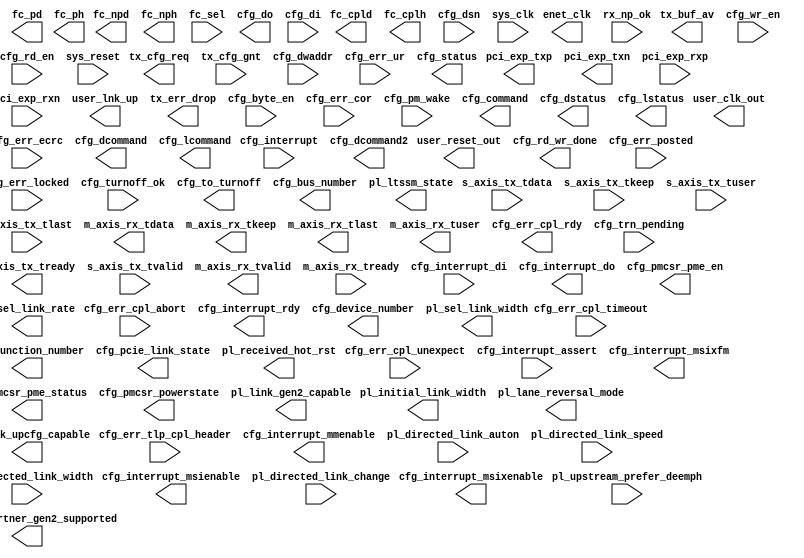
//-----------------------------------------------------------------------------
//
// (c) Copyright 2009-2011 Xilinx, Inc. All rights reserved.
//
// This file contains confidential and proprietary information
// of Xilinx, Inc. and is protected under U.S. and
// international copyright and other intellectual property
// laws.
//
// DISCLAIMER
// This disclaimer is not a license and does not grant any
// rights to the materials distributed herewith. Except as
// otherwise provided in a valid license issued to you by
// Xilinx, and to the maximum extent permitted by applicable
// law: (1) THESE MATERIALS ARE MADE AVAILABLE "AS IS" AND
// WITH ALL FAULTS, AND XILINX HEREBY DISCLAIMS ALL WARRANTIES
// AND CONDITIONS, EXPRESS, IMPLIED, OR STATUTORY, INCLUDING
// BUT NOT LIMITED TO WARRANTIES OF MERCHANTABILITY, NON-
// INFRINGEMENT, OR FITNESS FOR ANY PARTICULAR PURPOSE; and
// (2) Xilinx shall not be liable (whether in contract or tort,
// including negligence, or under any other theory of
// liability) for any loss or damage of any kind or nature
// related to, arising under or in connection with these
// materials, including for any direct, or any indirect,
// special, incidental, or consequential loss or damage
// (including loss of data, profits, goodwill, or any type of
// loss or damage suffered as a result of any action brought
// by a third party) even if such damage or loss was
// reasonably foreseeable or Xilinx had been advised of the
// possibility of the same.
//
// CRITICAL APPLICATIONS
// Xilinx products are not designed or intended to be fail-
// safe, or for use in any application requiring fail-safe
// performance, such as life-support or safety devices or
// systems, Class III medical devices, nuclear facilities,
// applications related to the deployment of airbags, or any
// other applications that could lead to death, personal
// injury, or severe property or environmental damage
// (individually and collectively, "Critical
// Applications"). Customer assumes the sole risk and
// liability of any use of Xilinx products in Critical
// Applications, subject only to applicable laws and
// regulations governing limitations on product liability.
//
// THIS COPYRIGHT NOTICE AND DISCLAIMER MUST BE RETAINED AS
// PART OF THIS FILE AT ALL TIMES.
//
//-----------------------------------------------------------------------------
// Project    : Virtex-6 Integrated Block for PCI Express
// Version    : 2.4
//--
//-- Description: Virtex6 solution wrapper : Endpoint for PCI Express
//--
//--
//--
//--------------------------------------------------------------------------------

`timescale 1ns/1ns

(* CORE_GENERATION_INFO = "v6_pcie_v2_5,v6_pcie_v2_5,{LINK_CAP_MAX_LINK_SPEED=2,LINK_CAP_MAX_LINK_WIDTH=04,PCIE_CAP_DEVICE_PORT_TYPE=0000,DEV_CAP_MAX_PAYLOAD_SUPPORTED=0,USER_CLK_FREQ=3,REF_CLK_FREQ=0,MSI_CAP_ON=TRUE,MSI_CAP_MULTIMSGCAP=0,MSI_CAP_MULTIMSG_EXTENSION=0,MSIX_CAP_ON=FALSE,TL_TX_RAM_RADDR_LATENCY=0,TL_TX_RAM_RDATA_LATENCY=2,TL_RX_RAM_RADDR_LATENCY=0,TL_RX_RAM_RDATA_LATENCY=2,TL_RX_RAM_WRITE_LATENCY=0,VC0_TX_LASTPACKET=31,VC0_RX_RAM_LIMIT=3FF,VC0_TOTAL_CREDITS_PH=32,VC0_TOTAL_CREDITS_PD=154,VC0_TOTAL_CREDITS_NPH=12,VC0_TOTAL_CREDITS_CH=36,VC0_TOTAL_CREDITS_CD=154,VC0_CPL_INFINITE=TRUE,DEV_CAP_PHANTOM_FUNCTIONS_SUPPORT=0,DEV_CAP_EXT_TAG_SUPPORTED=FALSE,LINK_STATUS_SLOT_CLOCK_CONFIG=FALSE,ENABLE_RX_TD_ECRC_TRIM=TRUE,DISABLE_LANE_REVERSAL=TRUE,DISABLE_SCRAMBLING=FALSE,DSN_CAP_ON=TRUE,PIPE_PIPELINE_STAGES=0,REVISION_ID=00,VC_CAP_ON=FALSE}" *)
module v6_pcie_v2_5 # (
  parameter        ALLOW_X8_GEN2 = "FALSE",
  parameter        BAR0 = 32'hFFC00000,
  parameter        BAR1 = 32'h00000000,
  parameter        BAR2 = 32'h00000000,
  parameter        BAR3 = 32'h00000000,
  parameter        BAR4 = 32'h00000000,
  parameter        BAR5 = 32'h00000000,

  parameter        CARDBUS_CIS_POINTER = 32'h00000000,
  parameter        CLASS_CODE = 24'h050000,
  parameter        CMD_INTX_IMPLEMENTED = "TRUE",
  parameter        CPL_TIMEOUT_DISABLE_SUPPORTED = "FALSE",
  parameter        CPL_TIMEOUT_RANGES_SUPPORTED = 4'h2,

  parameter        DEV_CAP_ENDPOINT_L0S_LATENCY = 0,
  parameter        DEV_CAP_ENDPOINT_L1_LATENCY = 7,
  parameter        DEV_CAP_EXT_TAG_SUPPORTED = "FALSE",
  parameter        DEV_CAP_MAX_PAYLOAD_SUPPORTED = 0,
  parameter        DEV_CAP_PHANTOM_FUNCTIONS_SUPPORT = 0,
  parameter        DEVICE_ID = 16'h0509,

  parameter        DISABLE_LANE_REVERSAL = "TRUE",
  parameter        DISABLE_SCRAMBLING = "FALSE",
  parameter        DSN_BASE_PTR = 12'h100,
  parameter        DSN_CAP_NEXTPTR = 12'h000,
  parameter        DSN_CAP_ON = "TRUE",

  parameter        ENABLE_MSG_ROUTE = 11'b00000000000,
  parameter        ENABLE_RX_TD_ECRC_TRIM = "TRUE",
  parameter        EXPANSION_ROM = 32'h00000000,
  parameter        EXT_CFG_CAP_PTR = 6'h3F,
  parameter        EXT_CFG_XP_CAP_PTR = 10'h3FF,
  parameter        HEADER_TYPE = 8'h00,
  parameter        INTERRUPT_PIN = 8'h1,

  parameter        LINK_CAP_DLL_LINK_ACTIVE_REPORTING_CAP = "FALSE",
  parameter        LINK_CAP_LINK_BANDWIDTH_NOTIFICATION_CAP = "FALSE",
  parameter        LINK_CAP_MAX_LINK_SPEED = 4'h2,
  parameter        LINK_CAP_MAX_LINK_WIDTH = 6'h04,
  parameter        LINK_CAP_SURPRISE_DOWN_ERROR_CAPABLE = "FALSE",

  parameter        LINK_CTRL2_DEEMPHASIS = "FALSE",
  parameter        LINK_CTRL2_HW_AUTONOMOUS_SPEED_DISABLE = "FALSE",
  parameter        LINK_CTRL2_TARGET_LINK_SPEED = 4'h2,
  parameter        LINK_STATUS_SLOT_CLOCK_CONFIG = "FALSE",

  parameter        LL_ACK_TIMEOUT = 15'h0000,
  parameter        LL_ACK_TIMEOUT_EN = "FALSE",
  parameter        LL_ACK_TIMEOUT_FUNC = 0,
  parameter        LL_REPLAY_TIMEOUT = 15'h0026,
  parameter        LL_REPLAY_TIMEOUT_EN = "TRUE",
  parameter        LL_REPLAY_TIMEOUT_FUNC = 1,

  parameter        LTSSM_MAX_LINK_WIDTH = 6'h04,
  parameter        MSI_CAP_MULTIMSGCAP = 0,
  parameter        MSI_CAP_MULTIMSG_EXTENSION = 0,
  parameter        MSI_CAP_ON = "TRUE",
  parameter        MSI_CAP_PER_VECTOR_MASKING_CAPABLE = "FALSE",
  parameter        MSI_CAP_64_BIT_ADDR_CAPABLE = "TRUE",

  parameter        MSIX_CAP_ON = "FALSE",
  parameter        MSIX_CAP_PBA_BIR = 0,
  parameter        MSIX_CAP_PBA_OFFSET = 29'h0,
  parameter        MSIX_CAP_TABLE_BIR = 0,
  parameter        MSIX_CAP_TABLE_OFFSET = 29'h0,
  parameter        MSIX_CAP_TABLE_SIZE = 11'h0,

  parameter        PCIE_CAP_DEVICE_PORT_TYPE = 4'b0000,
  parameter        PCIE_CAP_INT_MSG_NUM = 5'h1,
  parameter        PCIE_CAP_NEXTPTR = 8'h00,
  parameter        PCIE_DRP_ENABLE = "FALSE",
  parameter        PIPE_PIPELINE_STAGES = 0,                // 0 - 0 stages, 1 - 1 stage, 2 - 2 stages

  parameter        PM_CAP_DSI = "FALSE",
  parameter        PM_CAP_D1SUPPORT = "FALSE",
  parameter        PM_CAP_D2SUPPORT = "FALSE",
  parameter        PM_CAP_NEXTPTR = 8'h48,
  parameter        PM_CAP_PMESUPPORT = 5'h0F,
  parameter        PM_CSR_NOSOFTRST = "TRUE",

  parameter        PM_DATA_SCALE0 = 2'h0,
  parameter        PM_DATA_SCALE1 = 2'h0,
  parameter        PM_DATA_SCALE2 = 2'h0,
  parameter        PM_DATA_SCALE3 = 2'h0,
  parameter        PM_DATA_SCALE4 = 2'h0,
  parameter        PM_DATA_SCALE5 = 2'h0,
  parameter        PM_DATA_SCALE6 = 2'h0,
  parameter        PM_DATA_SCALE7 = 2'h0,

  parameter        PM_DATA0 = 8'h00,
  parameter        PM_DATA1 = 8'h00,
  parameter        PM_DATA2 = 8'h00,
  parameter        PM_DATA3 = 8'h00,
  parameter        PM_DATA4 = 8'h00,
  parameter        PM_DATA5 = 8'h00,
  parameter        PM_DATA6 = 8'h00,
  parameter        PM_DATA7 = 8'h00,

  parameter        REF_CLK_FREQ = 0,                        // 0 - 100 MHz, 1 - 125 MHz, 2 - 250 MHz
  parameter        REVISION_ID = 8'h00,
  parameter        SPARE_BIT0 = 0,
  parameter        SUBSYSTEM_ID = 16'h0007,
  parameter        SUBSYSTEM_VENDOR_ID = 16'h10EE,

  parameter        TL_RX_RAM_RADDR_LATENCY = 0,
  parameter        TL_RX_RAM_RDATA_LATENCY = 2,
  parameter        TL_RX_RAM_WRITE_LATENCY = 0,
  parameter        TL_TX_RAM_RADDR_LATENCY = 0,
  parameter        TL_TX_RAM_RDATA_LATENCY = 2,
  parameter        TL_TX_RAM_WRITE_LATENCY = 0,

  parameter        UPCONFIG_CAPABLE = "TRUE",
  parameter        USER_CLK_FREQ = 3,
  parameter        VC_BASE_PTR = 12'h0,
  parameter        VC_CAP_NEXTPTR = 12'h000,
  parameter        VC_CAP_ON = "FALSE",
  parameter        VC_CAP_REJECT_SNOOP_TRANSACTIONS = "FALSE",

  parameter        VC0_CPL_INFINITE = "TRUE",
  parameter        VC0_RX_RAM_LIMIT = 13'h3FF,
  parameter        VC0_TOTAL_CREDITS_CD = 154,
  parameter        VC0_TOTAL_CREDITS_CH = 36,
  parameter        VC0_TOTAL_CREDITS_NPH = 12,
  parameter        VC0_TOTAL_CREDITS_PD = 154,
  parameter        VC0_TOTAL_CREDITS_PH = 32,
  parameter        VC0_TX_LASTPACKET = 31,

  parameter        VENDOR_ID = 16'h10EE,
  parameter        VSEC_BASE_PTR = 12'h0,
  parameter        VSEC_CAP_NEXTPTR = 12'h000,
  parameter        VSEC_CAP_ON = "FALSE",

  parameter        AER_BASE_PTR = 12'h128,
  parameter        AER_CAP_ECRC_CHECK_CAPABLE = "FALSE",
  parameter        AER_CAP_ECRC_GEN_CAPABLE = "FALSE",
  parameter        AER_CAP_ID = 16'h0001,
  parameter        AER_CAP_INT_MSG_NUM_MSI = 5'h0a,
  parameter        AER_CAP_INT_MSG_NUM_MSIX = 5'h15,
  parameter        AER_CAP_NEXTPTR = 12'h160,
  parameter        AER_CAP_ON = "FALSE",
  parameter        AER_CAP_PERMIT_ROOTERR_UPDATE = "TRUE",
  parameter        AER_CAP_VERSION = 4'h1,

  parameter        CAPABILITIES_PTR = 8'h40,
  parameter        CRM_MODULE_RSTS = 7'h00,
  parameter        DEV_CAP_ENABLE_SLOT_PWR_LIMIT_SCALE = "TRUE",
  parameter        DEV_CAP_ENABLE_SLOT_PWR_LIMIT_VALUE = "TRUE",
  parameter        DEV_CAP_FUNCTION_LEVEL_RESET_CAPABLE = "FALSE",
  parameter        DEV_CAP_ROLE_BASED_ERROR = "TRUE",
  parameter        DEV_CAP_RSVD_14_12 = 0,
  parameter        DEV_CAP_RSVD_17_16 = 0,
  parameter        DEV_CAP_RSVD_31_29 = 0,
  parameter        DEV_CONTROL_AUX_POWER_SUPPORTED = "FALSE",

  parameter        DISABLE_ASPM_L1_TIMER = "FALSE",
  parameter        DISABLE_BAR_FILTERING = "FALSE",
  parameter        DISABLE_ID_CHECK = "FALSE",
  parameter        DISABLE_RX_TC_FILTER = "FALSE",
  parameter        DNSTREAM_LINK_NUM = 8'h00,

  parameter        DSN_CAP_ID = 16'h0003,
  parameter        DSN_CAP_VERSION = 4'h1,
  parameter        ENTER_RVRY_EI_L0 = "TRUE",
  parameter        INFER_EI = 5'h0c,
  parameter        IS_SWITCH = "FALSE",

  parameter        LAST_CONFIG_DWORD = 10'h3FF,
  parameter        LINK_CAP_ASPM_SUPPORT = 1,
  parameter        LINK_CAP_CLOCK_POWER_MANAGEMENT = "FALSE",
  parameter        LINK_CAP_L0S_EXIT_LATENCY_COMCLK_GEN1 = 7,
  parameter        LINK_CAP_L0S_EXIT_LATENCY_COMCLK_GEN2 = 7,
  parameter        LINK_CAP_L0S_EXIT_LATENCY_GEN1 = 7,
  parameter        LINK_CAP_L0S_EXIT_LATENCY_GEN2 = 7,
  parameter        LINK_CAP_L1_EXIT_LATENCY_COMCLK_GEN1 = 7,
  parameter        LINK_CAP_L1_EXIT_LATENCY_COMCLK_GEN2 = 7,
  parameter        LINK_CAP_L1_EXIT_LATENCY_GEN1 = 7,
  parameter        LINK_CAP_L1_EXIT_LATENCY_GEN2 = 7,
  parameter        LINK_CAP_RSVD_23_22 = 0,
  parameter        LINK_CONTROL_RCB = 0,

  parameter        MSI_BASE_PTR = 8'h48,
  parameter        MSI_CAP_ID = 8'h05,
  parameter        MSI_CAP_NEXTPTR = 8'h60,
  parameter        MSIX_BASE_PTR = 8'h9c,
  parameter        MSIX_CAP_ID = 8'h11,
  parameter        MSIX_CAP_NEXTPTR = 8'h00,
  parameter        N_FTS_COMCLK_GEN1 = 255,
  parameter        N_FTS_COMCLK_GEN2 = 254,
  parameter        N_FTS_GEN1 = 255,
  parameter        N_FTS_GEN2 = 255,

  parameter        PCIE_BASE_PTR = 8'h60,
  parameter        PCIE_CAP_CAPABILITY_ID = 8'h10,
  parameter        PCIE_CAP_CAPABILITY_VERSION = 4'h2,
  parameter        PCIE_CAP_ON = "TRUE",
  parameter        PCIE_CAP_RSVD_15_14 = 0,
  parameter        PCIE_CAP_SLOT_IMPLEMENTED = "FALSE",
  parameter        PCIE_REVISION = 2,
  parameter        PGL0_LANE = 0,
  parameter        PGL1_LANE = 1,
  parameter        PGL2_LANE = 2,
  parameter        PGL3_LANE = 3,
  parameter        PGL4_LANE = 4,
  parameter        PGL5_LANE = 5,
  parameter        PGL6_LANE = 6,
  parameter        PGL7_LANE = 7,
  parameter        PL_AUTO_CONFIG = 0,
  parameter        PL_FAST_TRAIN = "FALSE",

  parameter        PM_BASE_PTR = 8'h40,
  parameter        PM_CAP_AUXCURRENT = 0,
  parameter        PM_CAP_ID = 8'h01,
  parameter        PM_CAP_ON = "TRUE",
  parameter        PM_CAP_PME_CLOCK = "FALSE",
  parameter        PM_CAP_RSVD_04 = 0,
  parameter        PM_CAP_VERSION = 3,
  parameter        PM_CSR_BPCCEN = "FALSE",
  parameter        PM_CSR_B2B3 = "FALSE",

  parameter        RECRC_CHK = 0,
  parameter        RECRC_CHK_TRIM = "FALSE",
  parameter        ROOT_CAP_CRS_SW_VISIBILITY = "FALSE",
  parameter        SELECT_DLL_IF = "FALSE",
  parameter        SLOT_CAP_ATT_BUTTON_PRESENT = "FALSE",
  parameter        SLOT_CAP_ATT_INDICATOR_PRESENT = "FALSE",
  parameter        SLOT_CAP_ELEC_INTERLOCK_PRESENT = "FALSE",
  parameter        SLOT_CAP_HOTPLUG_CAPABLE = "FALSE",
  parameter        SLOT_CAP_HOTPLUG_SURPRISE = "FALSE",
  parameter        SLOT_CAP_MRL_SENSOR_PRESENT = "FALSE",
  parameter        SLOT_CAP_NO_CMD_COMPLETED_SUPPORT = "FALSE",
  parameter        SLOT_CAP_PHYSICAL_SLOT_NUM = 13'h0000,
  parameter        SLOT_CAP_POWER_CONTROLLER_PRESENT = "FALSE",
  parameter        SLOT_CAP_POWER_INDICATOR_PRESENT = "FALSE",
  parameter        SLOT_CAP_SLOT_POWER_LIMIT_SCALE = 0,
  parameter        SLOT_CAP_SLOT_POWER_LIMIT_VALUE = 8'h00,
  parameter        SPARE_BIT1 = 0,
  parameter        SPARE_BIT2 = 0,
  parameter        SPARE_BIT3 = 0,
  parameter        SPARE_BIT4 = 0,
  parameter        SPARE_BIT5 = 0,
  parameter        SPARE_BIT6 = 0,
  parameter        SPARE_BIT7 = 0,
  parameter        SPARE_BIT8 = 0,
  parameter        SPARE_BYTE0 = 8'h00,
  parameter        SPARE_BYTE1 = 8'h00,
  parameter        SPARE_BYTE2 = 8'h00,
  parameter        SPARE_BYTE3 = 8'h00,
  parameter        SPARE_WORD0 = 32'h00000000,
  parameter        SPARE_WORD1 = 32'h00000000,
  parameter        SPARE_WORD2 = 32'h00000000,
  parameter        SPARE_WORD3 = 32'h00000000,

  parameter        TL_RBYPASS = "FALSE",
  parameter        TL_TFC_DISABLE = "FALSE",
  parameter        TL_TX_CHECKS_DISABLE = "FALSE",
  parameter        EXIT_LOOPBACK_ON_EI  = "TRUE",
  parameter        UPSTREAM_FACING = "TRUE",
  parameter        UR_INV_REQ = "TRUE",

  parameter        VC_CAP_ID = 16'h0002,
  parameter        VC_CAP_VERSION = 4'h1,
  parameter        VSEC_CAP_HDR_ID = 16'h1234,
  parameter        VSEC_CAP_HDR_LENGTH = 12'h018,
  parameter        VSEC_CAP_HDR_REVISION = 4'h1,
  parameter        VSEC_CAP_ID = 16'h000b,
  parameter        VSEC_CAP_IS_LINK_VISIBLE = "TRUE",
  parameter        VSEC_CAP_VERSION = 4'h1
)
(
  //-------------------------------------------------------
  // 1. PCI Express (pci_exp) Interface
  //-------------------------------------------------------

  // Tx
  output  [(LINK_CAP_MAX_LINK_WIDTH - 1):0]     pci_exp_txp,
  output  [(LINK_CAP_MAX_LINK_WIDTH - 1):0]     pci_exp_txn,

  // Rx
  input   [(LINK_CAP_MAX_LINK_WIDTH - 1):0]     pci_exp_rxp,
  input   [(LINK_CAP_MAX_LINK_WIDTH - 1):0]     pci_exp_rxn,

  //-------------------------------------------------------
  // 2. AXI-S Interface
  //-------------------------------------------------------

  // Common
  output                                        user_clk_out,
  output                                        user_reset_out,
  output                                        user_lnk_up,
  output                                        enet_clk,

  // Tx
  output  [5:0]                                 tx_buf_av,
  output                                        tx_err_drop,
  output                                        tx_cfg_req,
  output                                        s_axis_tx_tready,
  input  [63:0]                                 s_axis_tx_tdata,
  input  [7:0]                                  s_axis_tx_tkeep,
  input  [3:0]                                  s_axis_tx_tuser,
  input                                         s_axis_tx_tlast,
  input                                         s_axis_tx_tvalid,
  input                                         tx_cfg_gnt,

  // Rx
  output  [63:0]                                m_axis_rx_tdata,
  output  [7:0]                                 m_axis_rx_tkeep,
  output                                        m_axis_rx_tlast,
  output                                        m_axis_rx_tvalid,
  input                                         m_axis_rx_tready,
  output    [21:0]                              m_axis_rx_tuser,
  input                                         rx_np_ok,

  // Flow Control
  output [11:0]                                 fc_cpld,
  output  [7:0]                                 fc_cplh,
  output [11:0]                                 fc_npd,
  output  [7:0]                                 fc_nph,
  output [11:0]                                 fc_pd,
  output  [7:0]                                 fc_ph,
  input   [2:0]                                 fc_sel,


  //-------------------------------------------------------
  // 3. Configuration (CFG) Interface
  //-------------------------------------------------------

  output [31:0]                                 cfg_do,
  output                                        cfg_rd_wr_done,
  input  [31:0]                                 cfg_di,
  input   [3:0]                                 cfg_byte_en,
  input   [9:0]                                 cfg_dwaddr,
  input                                         cfg_wr_en,
  input                                         cfg_rd_en,

  input                                         cfg_err_cor,
  input                                         cfg_err_ur,
  input                                         cfg_err_ecrc,
  input                                         cfg_err_cpl_timeout,
  input                                         cfg_err_cpl_abort,
  input                                         cfg_err_cpl_unexpect,
  input                                         cfg_err_posted,
  input                                         cfg_err_locked,
  input  [47:0]                                 cfg_err_tlp_cpl_header,
  output                                        cfg_err_cpl_rdy,
  input                                         cfg_interrupt,
  output                                        cfg_interrupt_rdy,
  input                                         cfg_interrupt_assert,
  input  [7:0]                                  cfg_interrupt_di,
  output [7:0]                                  cfg_interrupt_do,
  output [2:0]                                  cfg_interrupt_mmenable,
  output                                        cfg_interrupt_msienable,
  output                                        cfg_interrupt_msixenable,
  output                                        cfg_interrupt_msixfm,
  input                                         cfg_turnoff_ok,
  output                                        cfg_to_turnoff,
  input                                         cfg_trn_pending,
  input                                         cfg_pm_wake,
  output  [7:0]                                 cfg_bus_number,
  output  [4:0]                                 cfg_device_number,
  output  [2:0]                                 cfg_function_number,
  output [15:0]                                 cfg_status,
  output [15:0]                                 cfg_command,
  output [15:0]                                 cfg_dstatus,
  output [15:0]                                 cfg_dcommand,
  output [15:0]                                 cfg_lstatus,
  output [15:0]                                 cfg_lcommand,
  output [15:0]                                 cfg_dcommand2,
  output  [2:0]                                 cfg_pcie_link_state,
  input  [63:0]                                 cfg_dsn,
  output                                        cfg_pmcsr_pme_en,
  output                                        cfg_pmcsr_pme_status,
  output  [1:0]                                 cfg_pmcsr_powerstate,

  //-------------------------------------------------------
  // 4. Physical Layer Control and Status (PL) Interface
  //-------------------------------------------------------

  output [2:0]                                  pl_initial_link_width,
  output [1:0]                                  pl_lane_reversal_mode,
  output                                        pl_link_gen2_capable,
  output                                        pl_link_partner_gen2_supported,
  output                                        pl_link_upcfg_capable,
  output [5:0]                                  pl_ltssm_state,
  output                                        pl_received_hot_rst,
  output                                        pl_sel_link_rate,
  output [1:0]                                  pl_sel_link_width,
  input                                         pl_directed_link_auton,
  input  [1:0]                                  pl_directed_link_change,
  input                                         pl_directed_link_speed,
  input  [1:0]                                  pl_directed_link_width,
  input                                         pl_upstream_prefer_deemph,

  //-------------------------------------------------------
  // 5. System  (SYS) Interface
  //-------------------------------------------------------

  input                                         sys_clk,
  input                                         sys_reset


);

/*
  wire  [63:0]                                  trn_td;
  wire                                          trn_trem;
  wire                                          trn_tsof;
  wire                                          trn_teof;
  wire                                          trn_tsrc_rdy;
  wire                                          trn_tdst_rdy_n;
  wire                                          trn_terr_drop_n;
  wire                                          trn_tsrc_dsc;
  wire                                          trn_terrfwd;
  wire                                          trn_tstr;
  wire                                          trn_tecrc_gen;

  wire  [63:0]                                  trn_rd;
  wire                                          trn_rrem_n;
  wire                                          trn_rsof_n;
  wire                                          trn_reof_n;
  wire                                          trn_rsrc_rdy_n;
  wire                                          trn_rdst_rdy;
  wire                                          trn_rsrc_dsc_n;
  wire                                          trn_rerrfwd_n;
  wire  [6:0]                                   trn_rbar_hit_n;

  wire                                          trn_tcfg_gnt;

  wire  [31:0]                                  trn_rdllp_data;
  wire                                          trn_rdllp_src_rdy_n;


  wire                                          rx_func_level_reset_n;
  wire                                          cfg_msg_received;
  wire                                          cfg_msg_received_pme_to;

  wire                                          cfg_cmd_bme;
  wire                                          cfg_cmd_intdis;
  wire                                          cfg_cmd_io_en;
  wire                                          cfg_cmd_mem_en;
  wire                                          cfg_cmd_serr_en;
  wire                                          cfg_dev_control_aux_power_en ;
  wire                                          cfg_dev_control_corr_err_reporting_en ;
  wire                                          cfg_dev_control_enable_relaxed_order ;
  wire                                          cfg_dev_control_ext_tag_en ;
  wire                                          cfg_dev_control_fatal_err_reporting_en ;
  wire [2:0]                                    cfg_dev_control_maxpayload ;
  wire [2:0]                                    cfg_dev_control_max_read_req ;
  wire                                          cfg_dev_control_non_fatal_reporting_en ;
  wire                                          cfg_dev_control_nosnoop_en ;
  wire                                          cfg_dev_control_phantom_en ;
  wire                                          cfg_dev_control_ur_err_reporting_en ;
  wire                                          cfg_dev_control2_cpltimeout_dis ;
  wire [3:0]                                    cfg_dev_control2_cpltimeout_val ;
  wire                                          cfg_dev_status_corr_err_detected ;
  wire                                          cfg_dev_status_fatal_err_detected ;
  wire                                          cfg_dev_status_nonfatal_err_detected ;
  wire                                          cfg_dev_status_ur_detected ;
  wire                                          cfg_link_control_auto_bandwidth_int_en ;
  wire                                          cfg_link_control_bandwidth_int_en ;
  wire                                          cfg_link_control_hw_auto_width_dis ;
  wire                                          cfg_link_control_clock_pm_en ;
  wire                                          cfg_link_control_extended_sync ;
  wire                                          cfg_link_control_common_clock ;
  wire                                          cfg_link_control_retrain_link ;
  wire                                          cfg_link_control_linkdisable ;
  wire                                          cfg_link_control_rcb ;
  wire [1:0]                                    cfg_link_control_aspm_control ;
  wire                                          cfg_link_status_autobandwidth_status ;
  wire                                          cfg_link_status_bandwidth_status ;
  wire                                          cfg_link_status_dll_active ;
  wire                                          cfg_link_status_link_training ;
  wire [3:0]                                    cfg_link_status_negotiated_link_width ;
  wire [1:0]                                    cfg_link_status_current_speed ;
  wire [15:0]                                   cfg_msg_data;

  wire                                          sys_reset_n_d;
  wire                                          phy_rdy_n;

  wire                                          trn_lnk_up_n_int;
  wire                                          trn_lnk_up_n_int1;

  wire                                          trn_reset_n_int;
  wire                                          trn_reset_n_int1;

  wire                                          TxOutClk;
  wire                                          TxOutClk_bufg;

  reg  [7:0]                                    cfg_bus_number_d;
  reg  [4:0]                                    cfg_device_number_d;
  reg  [2:0]                                    cfg_function_number_d;

  wire                                          cfg_rd_wr_done_n;
  wire                                          cfg_interrupt_rdy_n;
  wire                                          cfg_turnoff_ok_w;
  wire                                          trn_recrc_err_n;
  wire                                          cfg_err_cpl_rdy_n;
  wire                                          trn_tcfg_req_n;


  // Inversion logic
  assign      cfg_rd_wr_done          = !cfg_rd_wr_done_n ;
  wire [3:0]  cfg_byte_en_n           = ~cfg_byte_en ;
  wire        cfg_wr_en_n             = !cfg_wr_en ;
  wire        cfg_rd_en_n             = !cfg_rd_en ;
  wire        cfg_trn_pending_n       = !cfg_trn_pending ;
  wire        cfg_turnoff_ok_n        = !cfg_turnoff_ok_w ;
  wire        cfg_pm_wake_n           = !cfg_pm_wake ;
  wire        cfg_interrupt_n         = !cfg_interrupt ;
  assign      cfg_interrupt_rdy       = !cfg_interrupt_rdy_n ;
  wire        cfg_interrupt_assert_n  = !cfg_interrupt_assert ;
  wire        cfg_err_ecrc_n          = !cfg_err_ecrc ;
  wire        cfg_err_ur_n            = !cfg_err_ur ;
  wire        cfg_err_cpl_timeout_n   = !cfg_err_cpl_timeout ;
  wire        cfg_err_cpl_unexpect_n  = !cfg_err_cpl_unexpect ;
  wire        cfg_err_cpl_abort_n     = !cfg_err_cpl_abort ;
  wire        cfg_err_posted_n        = !cfg_err_posted ;
  wire        cfg_err_cor_n           = !cfg_err_cor ;
  assign      cfg_err_cpl_rdy         = !cfg_err_cpl_rdy_n ;
  wire        cfg_err_locked_n        = !cfg_err_locked ;
  wire        trn_recrc_err           = !trn_recrc_err_n;
  assign      tx_err_drop             = !trn_terr_drop_n;
  assign      tx_cfg_req              = !trn_tcfg_req_n;



  // assigns to outputs

  assign                                        cfg_to_turnoff = cfg_msg_received_pme_to;

  assign                                        cfg_status = {16'b0};

  assign                                        cfg_command = {5'b0,
                                                               cfg_cmd_intdis,
                                                               1'b0,
                                                               cfg_cmd_serr_en,
                                                               5'b0,
                                                               cfg_cmd_bme,
                                                               cfg_cmd_mem_en,
                                                               cfg_cmd_io_en};

  assign                                        cfg_dstatus = {10'h0,
                                                               cfg_trn_pending,
                                                               1'b0,
                                                               cfg_dev_status_ur_detected,
                                                               cfg_dev_status_fatal_err_detected,
                                                               cfg_dev_status_nonfatal_err_detected,
                                                               cfg_dev_status_corr_err_detected};

  assign                                        cfg_dcommand = {1'b0,
                                                               cfg_dev_control_max_read_req,
                                                               cfg_dev_control_nosnoop_en,
                                                               cfg_dev_control_aux_power_en,
                                                               cfg_dev_control_phantom_en,
                                                               cfg_dev_control_ext_tag_en,
                                                               cfg_dev_control_maxpayload,
                                                               cfg_dev_control_enable_relaxed_order,
                                                               cfg_dev_control_ur_err_reporting_en,
                                                               cfg_dev_control_fatal_err_reporting_en,
                                                               cfg_dev_control_non_fatal_reporting_en,
                                                               cfg_dev_control_corr_err_reporting_en };

  assign                                        cfg_lstatus = {cfg_link_status_autobandwidth_status,
                                                               cfg_link_status_bandwidth_status,
                                                               cfg_link_status_dll_active,
                                                               (LINK_STATUS_SLOT_CLOCK_CONFIG == "TRUE") ? 1'b1 : 1'b0,
                                                               cfg_link_status_link_training,
                                                               1'b0,
                                                               {2'b00, cfg_link_status_negotiated_link_width},
                                                               {2'b00, cfg_link_status_current_speed} };

  assign                                        cfg_lcommand = {4'b0,
                                                                cfg_link_control_auto_bandwidth_int_en,
                                                                cfg_link_control_bandwidth_int_en,
                                                                cfg_link_control_hw_auto_width_dis,
                                                                cfg_link_control_clock_pm_en,
                                                                cfg_link_control_extended_sync,
                                                                cfg_link_control_common_clock,
                                                                cfg_link_control_retrain_link,
                                                                cfg_link_control_linkdisable,
                                                                cfg_link_control_rcb,
                                                                1'b0,
                                                                cfg_link_control_aspm_control };

  assign                                        cfg_bus_number = cfg_bus_number_d;

  assign                                        cfg_device_number = cfg_device_number_d;

  assign                                        cfg_function_number =  cfg_function_number_d;

  assign                                        cfg_dcommand2 = {11'b0,
                                                                 cfg_dev_control2_cpltimeout_dis,
                                                                 cfg_dev_control2_cpltimeout_val};


  // Capture Bus/Device/Function number

  always @(posedge user_clk_out) begin
    if      (!user_lnk_up)      cfg_bus_number_d <= 8'b0;
    else if (~cfg_msg_received) cfg_bus_number_d <= cfg_msg_data[15:8];
  end

  always @(posedge user_clk_out) begin
      if      (!user_lnk_up)      cfg_device_number_d <= 5'b0;
      else if (~cfg_msg_received) cfg_device_number_d <= cfg_msg_data[7:3];
  end

  always @(posedge user_clk_out) begin
      if      (!user_lnk_up)      cfg_function_number_d <= 3'b0;
      else if (~cfg_msg_received) cfg_function_number_d <= cfg_msg_data[2:0];
  end

  // Generate user_lnk_up

FDCP #(

  .INIT(1'b0)

) trn_lnk_up_n_i (

  .Q (user_lnk_up),
  .D (!trn_lnk_up_n_int1),
  .C (user_clk_out),
  .CLR (1'b0),
  .PRE (1'b0)

);

FDCP #(

  .INIT(1'b1)

) trn_lnk_up_n_int_i (

  .Q (trn_lnk_up_n_int1),
  .D (trn_lnk_up_n_int),
  .C (user_clk_out),
  .CLR (1'b0),
  .PRE (1'b0)

);

  // Generate user_reset_out

FDCP #(

  .INIT(1'b1)

) trn_reset_n_i (

  .Q (user_reset_out),
  .D (!(trn_reset_n_int1 & ~phy_rdy_n)),
  .C (user_clk_out),
  .CLR (~sys_reset_n_d),
  .PRE (1'b0)

);

FDCP #(

  .INIT(1'b0)

) trn_reset_n_int_i (

  .Q (trn_reset_n_int1 ),
  .D (trn_reset_n_int & ~phy_rdy_n),
  .C (user_clk_out),
  .CLR (~sys_reset_n_d),
  .PRE (1'b0)

);

// AXI Basic Bridge
// Converts between TRN and AXI

axi_basic_top #(
  .C_DATA_WIDTH     (64),                 // RX/TX interface data width

  .C_FAMILY         ("V6"),               // Targeted FPGA family
  .C_ROOT_PORT      ("FALSE"),            // PCIe block is in root port mode
  .C_PM_PRIORITY    ("FALSE")             // Disable TX packet boundary thrtl

  ) axi_basic_top (
  //---------------------------------------------//
  // User Design I/O                             //
  //---------------------------------------------//

  // AXI TX
  //-----------
  .s_axis_tx_tdata          (s_axis_tx_tdata),          //  input
  .s_axis_tx_tvalid         (s_axis_tx_tvalid),         //  input
  .s_axis_tx_tready         (s_axis_tx_tready),         //  output
  .s_axis_tx_tkeep          (s_axis_tx_tkeep),          //  input
  .s_axis_tx_tlast          (s_axis_tx_tlast),          //  input
  .s_axis_tx_tuser          (s_axis_tx_tuser),          //  input

    // AXI RX
    //-----------
  .m_axis_rx_tdata          (m_axis_rx_tdata),          //  output
  .m_axis_rx_tvalid         (m_axis_rx_tvalid),         //  output
  .m_axis_rx_tready         (m_axis_rx_tready),         //  input
  .m_axis_rx_tkeep          (m_axis_rx_tkeep),          //  output
  .m_axis_rx_tlast          (m_axis_rx_tlast),          //  output
  .m_axis_rx_tuser          (m_axis_rx_tuser),          //  output

    // User Misc.
    //-----------
  .user_turnoff_ok          (cfg_turnoff_ok),           //  input
  .user_tcfg_gnt            (tx_cfg_gnt),               //  input

    //---------------------------------------------//
    // PCIe Block I/O                              //
    //---------------------------------------------//

    // TRN TX
    //-----------
  .trn_td                   (trn_td),                   //  output
  .trn_tsof                 (trn_tsof),                 //  output
  .trn_teof                 (trn_teof),                 //  output
  .trn_tsrc_rdy             (trn_tsrc_rdy),             //  output
  .trn_tdst_rdy             (!trn_tdst_rdy_n),          //  input
  .trn_tsrc_dsc             (trn_tsrc_dsc),             //  output
  .trn_trem                 (trn_trem),                 //  output
  .trn_terrfwd              (trn_terrfwd),              //  output
  .trn_tstr                 (trn_tstr),                 //  output
  .trn_tbuf_av              (tx_buf_av),                //  input
  .trn_tecrc_gen            (trn_tecrc_gen),            //  output

    // TRN RX
    //-----------
  .trn_rd                   (trn_rd),                   //  input
  .trn_rsof                 (!trn_rsof_n),              //  input
  .trn_reof                 (!trn_reof_n),              //  input
  .trn_rsrc_rdy             (!trn_rsrc_rdy_n),          //  input
  .trn_rdst_rdy             (trn_rdst_rdy),             //  output
  .trn_rsrc_dsc             (!trn_rsrc_dsc_n),          //  input
  .trn_rrem                 (~trn_rrem_n),              //  input
  .trn_rerrfwd              (!trn_rerrfwd_n),           //  input
  .trn_rbar_hit             (~trn_rbar_hit_n),          //  input
  .trn_recrc_err            (trn_recrc_err),            //  input

    // TRN Misc.
    //-----------
  .trn_tcfg_req             (tx_cfg_req),               //  input
  .trn_tcfg_gnt             (trn_tcfg_gnt),             //  output
  .trn_lnk_up               (user_lnk_up),              //  input

    // Artix/Kintex/Virtex PM
    //-----------
  .cfg_pcie_link_state      (cfg_pcie_link_state),      //  input

    // Virtex6 PM
    //-----------
  .cfg_pm_send_pme_to       (1'b0),                     //  input  NOT USED FOR EP
  .cfg_pmcsr_powerstate     (cfg_pmcsr_powerstate),     //  input
  .trn_rdllp_data           (trn_rdllp_data),           //  input
  .trn_rdllp_src_rdy        (!trn_rdllp_src_rdy_n),     //  input

    // Power Mgmt for S6/V6
    //-----------
  .cfg_to_turnoff           (cfg_to_turnoff),           //  input
  .cfg_turnoff_ok           (cfg_turnoff_ok_w),         //  output

    // System
    //-----------
  .user_clk                 (user_clk_out),             //  input
  .user_rst                 (user_reset_out),           //  input
  .np_counter               ()                          //  output
);



//-------------------------------------------------------
// PCI Express Reset Delay Module
//-------------------------------------------------------

pcie_reset_delay_v6 #(

  .PL_FAST_TRAIN          ( PL_FAST_TRAIN ),
  .REF_CLK_FREQ           ( REF_CLK_FREQ )

)
pcie_reset_delay_i (

  .ref_clk                ( TxOutClk_bufg ),
  .sys_reset_n            ( !sys_reset ),
  .delayed_sys_reset_n    ( sys_reset_n_d )

);

//-------------------------------------------------------
// PCI Express Clocking Module
//-------------------------------------------------------

pcie_clocking_v6 #(

  .CAP_LINK_WIDTH(LINK_CAP_MAX_LINK_WIDTH),
  .CAP_LINK_SPEED(LINK_CAP_MAX_LINK_SPEED),
  .REF_CLK_FREQ(REF_CLK_FREQ),
  .USER_CLK_FREQ(USER_CLK_FREQ)

)
pcie_clocking_i (

  .sys_clk                 ( TxOutClk ),
  .gt_pll_lock             ( gt_pll_lock ),
  .sel_lnk_rate            ( pl_sel_link_rate ),
  .sel_lnk_width           ( pl_sel_link_width ),

  .sys_clk_bufg            ( TxOutClk_bufg ),
  .pipe_clk                ( pipe_clk ),
  .user_clk                ( user_clk_out ),
  .block_clk               ( block_clk ),
  .drp_clk                 ( drp_clk ),
  .enet_clk                ( enet_clk ),
  .clock_locked            ( clock_locked )

);

//-------------------------------------------------------
// Virtex6 PCI Express Block Module
//-------------------------------------------------------

pcie_2_0_v6 #(

  .REF_CLK_FREQ ( REF_CLK_FREQ ),
  .PIPE_PIPELINE_STAGES ( PIPE_PIPELINE_STAGES ),
  .AER_BASE_PTR ( AER_BASE_PTR ),
  .AER_CAP_ECRC_CHECK_CAPABLE ( AER_CAP_ECRC_CHECK_CAPABLE ),
  .AER_CAP_ECRC_GEN_CAPABLE ( AER_CAP_ECRC_GEN_CAPABLE ),
  .AER_CAP_ID ( AER_CAP_ID ),
  .AER_CAP_INT_MSG_NUM_MSI ( AER_CAP_INT_MSG_NUM_MSI ),
  .AER_CAP_INT_MSG_NUM_MSIX ( AER_CAP_INT_MSG_NUM_MSIX ),
  .AER_CAP_NEXTPTR ( AER_CAP_NEXTPTR ),
  .AER_CAP_ON ( AER_CAP_ON ),
  .AER_CAP_PERMIT_ROOTERR_UPDATE ( AER_CAP_PERMIT_ROOTERR_UPDATE ),
  .AER_CAP_VERSION ( AER_CAP_VERSION ),
  .ALLOW_X8_GEN2 ( ALLOW_X8_GEN2 ),
  .BAR0 ( BAR0 ),
  .BAR1 ( BAR1 ),
  .BAR2 ( BAR2 ),
  .BAR3 ( BAR3 ),
  .BAR4 ( BAR4 ),
  .BAR5 ( BAR5 ),
  .CAPABILITIES_PTR ( CAPABILITIES_PTR ),
  .CARDBUS_CIS_POINTER ( CARDBUS_CIS_POINTER ),
  .CLASS_CODE ( CLASS_CODE ),
  .CMD_INTX_IMPLEMENTED ( CMD_INTX_IMPLEMENTED ),
  .CPL_TIMEOUT_DISABLE_SUPPORTED ( CPL_TIMEOUT_DISABLE_SUPPORTED ),
  .CPL_TIMEOUT_RANGES_SUPPORTED ( CPL_TIMEOUT_RANGES_SUPPORTED ),
  .CRM_MODULE_RSTS ( CRM_MODULE_RSTS ),
  .DEV_CAP_ENABLE_SLOT_PWR_LIMIT_SCALE ( DEV_CAP_ENABLE_SLOT_PWR_LIMIT_SCALE ),
  .DEV_CAP_ENABLE_SLOT_PWR_LIMIT_VALUE ( DEV_CAP_ENABLE_SLOT_PWR_LIMIT_VALUE ),
  .DEV_CAP_ENDPOINT_L0S_LATENCY ( DEV_CAP_ENDPOINT_L0S_LATENCY ),
  .DEV_CAP_ENDPOINT_L1_LATENCY ( DEV_CAP_ENDPOINT_L1_LATENCY ),
  .DEV_CAP_EXT_TAG_SUPPORTED ( DEV_CAP_EXT_TAG_SUPPORTED ),
  .DEV_CAP_FUNCTION_LEVEL_RESET_CAPABLE ( DEV_CAP_FUNCTION_LEVEL_RESET_CAPABLE ),
  .DEV_CAP_MAX_PAYLOAD_SUPPORTED ( DEV_CAP_MAX_PAYLOAD_SUPPORTED ),
  .DEV_CAP_PHANTOM_FUNCTIONS_SUPPORT ( DEV_CAP_PHANTOM_FUNCTIONS_SUPPORT ),
  .DEV_CAP_ROLE_BASED_ERROR ( DEV_CAP_ROLE_BASED_ERROR ),
  .DEV_CAP_RSVD_14_12 ( DEV_CAP_RSVD_14_12 ),
  .DEV_CAP_RSVD_17_16 ( DEV_CAP_RSVD_17_16 ),
  .DEV_CAP_RSVD_31_29 ( DEV_CAP_RSVD_31_29 ),
  .DEV_CONTROL_AUX_POWER_SUPPORTED ( DEV_CONTROL_AUX_POWER_SUPPORTED ),
  .DEVICE_ID ( DEVICE_ID ),
  .DISABLE_ASPM_L1_TIMER ( DISABLE_ASPM_L1_TIMER ),
  .DISABLE_BAR_FILTERING ( DISABLE_BAR_FILTERING ),
  .DISABLE_ID_CHECK ( DISABLE_ID_CHECK ),
  .DISABLE_LANE_REVERSAL ( DISABLE_LANE_REVERSAL ),
  .DISABLE_RX_TC_FILTER ( DISABLE_RX_TC_FILTER ),
  .DISABLE_SCRAMBLING ( DISABLE_SCRAMBLING ),
  .DNSTREAM_LINK_NUM ( DNSTREAM_LINK_NUM ),
  .DSN_BASE_PTR ( DSN_BASE_PTR ),
  .DSN_CAP_ID ( DSN_CAP_ID ),
  .DSN_CAP_NEXTPTR ( DSN_CAP_NEXTPTR ),
  .DSN_CAP_ON ( DSN_CAP_ON ),
  .DSN_CAP_VERSION ( DSN_CAP_VERSION ),
  .ENABLE_MSG_ROUTE ( ENABLE_MSG_ROUTE ),
  .ENABLE_RX_TD_ECRC_TRIM ( ENABLE_RX_TD_ECRC_TRIM ),
  .ENTER_RVRY_EI_L0 ( ENTER_RVRY_EI_L0 ),
  .EXPANSION_ROM ( EXPANSION_ROM ),
  .EXT_CFG_CAP_PTR ( EXT_CFG_CAP_PTR ),
  .EXT_CFG_XP_CAP_PTR ( EXT_CFG_XP_CAP_PTR ),
  .HEADER_TYPE ( HEADER_TYPE ),
  .INFER_EI ( INFER_EI ),
  .INTERRUPT_PIN ( INTERRUPT_PIN ),
  .IS_SWITCH ( IS_SWITCH ),
  .LAST_CONFIG_DWORD ( LAST_CONFIG_DWORD ),
  .LINK_CAP_ASPM_SUPPORT ( LINK_CAP_ASPM_SUPPORT ),
  .LINK_CAP_CLOCK_POWER_MANAGEMENT ( LINK_CAP_CLOCK_POWER_MANAGEMENT ),
  .LINK_CAP_DLL_LINK_ACTIVE_REPORTING_CAP ( LINK_CAP_DLL_LINK_ACTIVE_REPORTING_CAP ),
  .LINK_CAP_LINK_BANDWIDTH_NOTIFICATION_CAP ( LINK_CAP_LINK_BANDWIDTH_NOTIFICATION_CAP ),
  .LINK_CAP_L0S_EXIT_LATENCY_COMCLK_GEN1 ( LINK_CAP_L0S_EXIT_LATENCY_COMCLK_GEN1 ),
  .LINK_CAP_L0S_EXIT_LATENCY_COMCLK_GEN2 ( LINK_CAP_L0S_EXIT_LATENCY_COMCLK_GEN2 ),
  .LINK_CAP_L0S_EXIT_LATENCY_GEN1 ( LINK_CAP_L0S_EXIT_LATENCY_GEN1 ),
  .LINK_CAP_L0S_EXIT_LATENCY_GEN2 ( LINK_CAP_L0S_EXIT_LATENCY_GEN2 ),
  .LINK_CAP_L1_EXIT_LATENCY_COMCLK_GEN1 ( LINK_CAP_L1_EXIT_LATENCY_COMCLK_GEN1 ),
  .LINK_CAP_L1_EXIT_LATENCY_COMCLK_GEN2 ( LINK_CAP_L1_EXIT_LATENCY_COMCLK_GEN2 ),
  .LINK_CAP_L1_EXIT_LATENCY_GEN1 ( LINK_CAP_L1_EXIT_LATENCY_GEN1 ),
  .LINK_CAP_L1_EXIT_LATENCY_GEN2 ( LINK_CAP_L1_EXIT_LATENCY_GEN2 ),
  .LINK_CAP_MAX_LINK_SPEED ( LINK_CAP_MAX_LINK_SPEED ),
  .LINK_CAP_MAX_LINK_WIDTH ( LINK_CAP_MAX_LINK_WIDTH ),
  .LINK_CAP_RSVD_23_22 ( LINK_CAP_RSVD_23_22 ),
  .LINK_CAP_SURPRISE_DOWN_ERROR_CAPABLE ( LINK_CAP_SURPRISE_DOWN_ERROR_CAPABLE ),
  .LINK_CONTROL_RCB ( LINK_CONTROL_RCB ),
  .LINK_CTRL2_DEEMPHASIS ( LINK_CTRL2_DEEMPHASIS ),
  .LINK_CTRL2_HW_AUTONOMOUS_SPEED_DISABLE ( LINK_CTRL2_HW_AUTONOMOUS_SPEED_DISABLE ),
  .LINK_CTRL2_TARGET_LINK_SPEED ( LINK_CTRL2_TARGET_LINK_SPEED ),
  .LINK_STATUS_SLOT_CLOCK_CONFIG ( LINK_STATUS_SLOT_CLOCK_CONFIG ),
  .LL_ACK_TIMEOUT ( LL_ACK_TIMEOUT ),
  .LL_ACK_TIMEOUT_EN ( LL_ACK_TIMEOUT_EN ),
  .LL_ACK_TIMEOUT_FUNC ( LL_ACK_TIMEOUT_FUNC ),
  .LL_REPLAY_TIMEOUT ( LL_REPLAY_TIMEOUT ),
  .LL_REPLAY_TIMEOUT_EN ( LL_REPLAY_TIMEOUT_EN ),
  .LL_REPLAY_TIMEOUT_FUNC ( LL_REPLAY_TIMEOUT_FUNC ),
  .LTSSM_MAX_LINK_WIDTH ( LTSSM_MAX_LINK_WIDTH ),
  .MSI_BASE_PTR ( MSI_BASE_PTR ),
  .MSI_CAP_ID ( MSI_CAP_ID ),
  .MSI_CAP_MULTIMSGCAP ( MSI_CAP_MULTIMSGCAP ),
  .MSI_CAP_MULTIMSG_EXTENSION ( MSI_CAP_MULTIMSG_EXTENSION ),
  .MSI_CAP_NEXTPTR ( MSI_CAP_NEXTPTR ),
  .MSI_CAP_ON ( MSI_CAP_ON ),
  .MSI_CAP_PER_VECTOR_MASKING_CAPABLE ( MSI_CAP_PER_VECTOR_MASKING_CAPABLE ),
  .MSI_CAP_64_BIT_ADDR_CAPABLE ( MSI_CAP_64_BIT_ADDR_CAPABLE ),
  .MSIX_BASE_PTR ( MSIX_BASE_PTR ),
  .MSIX_CAP_ID ( MSIX_CAP_ID ),
  .MSIX_CAP_NEXTPTR ( MSIX_CAP_NEXTPTR ),
  .MSIX_CAP_ON ( MSIX_CAP_ON ),
  .MSIX_CAP_PBA_BIR ( MSIX_CAP_PBA_BIR ),
  .MSIX_CAP_PBA_OFFSET ( MSIX_CAP_PBA_OFFSET ),
  .MSIX_CAP_TABLE_BIR ( MSIX_CAP_TABLE_BIR ),
  .MSIX_CAP_TABLE_OFFSET ( MSIX_CAP_TABLE_OFFSET ),
  .MSIX_CAP_TABLE_SIZE ( MSIX_CAP_TABLE_SIZE ),
  .N_FTS_COMCLK_GEN1 ( N_FTS_COMCLK_GEN1 ),
  .N_FTS_COMCLK_GEN2 ( N_FTS_COMCLK_GEN2 ),
  .N_FTS_GEN1 ( N_FTS_GEN1 ),
  .N_FTS_GEN2 ( N_FTS_GEN2 ),
  .PCIE_BASE_PTR ( PCIE_BASE_PTR ),
  .PCIE_CAP_CAPABILITY_ID ( PCIE_CAP_CAPABILITY_ID ),
  .PCIE_CAP_CAPABILITY_VERSION ( PCIE_CAP_CAPABILITY_VERSION ),
  .PCIE_CAP_DEVICE_PORT_TYPE ( PCIE_CAP_DEVICE_PORT_TYPE ),
  .PCIE_CAP_INT_MSG_NUM ( PCIE_CAP_INT_MSG_NUM ),
  .PCIE_CAP_NEXTPTR ( PCIE_CAP_NEXTPTR ),
  .PCIE_CAP_ON ( PCIE_CAP_ON ),
  .PCIE_CAP_RSVD_15_14 ( PCIE_CAP_RSVD_15_14 ),
  .PCIE_CAP_SLOT_IMPLEMENTED ( PCIE_CAP_SLOT_IMPLEMENTED ),
  .PCIE_REVISION ( PCIE_REVISION ),
  .PGL0_LANE ( PGL0_LANE ),
  .PGL1_LANE ( PGL1_LANE ),
  .PGL2_LANE ( PGL2_LANE ),
  .PGL3_LANE ( PGL3_LANE ),
  .PGL4_LANE ( PGL4_LANE ),
  .PGL5_LANE ( PGL5_LANE ),
  .PGL6_LANE ( PGL6_LANE ),
  .PGL7_LANE ( PGL7_LANE ),
  .PL_AUTO_CONFIG ( PL_AUTO_CONFIG ),
  .PL_FAST_TRAIN ( PL_FAST_TRAIN ),
  .PM_BASE_PTR ( PM_BASE_PTR ),
  .PM_CAP_AUXCURRENT ( PM_CAP_AUXCURRENT ),
  .PM_CAP_DSI ( PM_CAP_DSI ),
  .PM_CAP_D1SUPPORT ( PM_CAP_D1SUPPORT ),
  .PM_CAP_D2SUPPORT ( PM_CAP_D2SUPPORT ),
  .PM_CAP_ID ( PM_CAP_ID ),
  .PM_CAP_NEXTPTR ( PM_CAP_NEXTPTR ),
  .PM_CAP_ON ( PM_CAP_ON ),
  .PM_CAP_PME_CLOCK ( PM_CAP_PME_CLOCK ),
  .PM_CAP_PMESUPPORT ( PM_CAP_PMESUPPORT ),
  .PM_CAP_RSVD_04 ( PM_CAP_RSVD_04 ),
  .PM_CAP_VERSION ( PM_CAP_VERSION ),
  .PM_CSR_BPCCEN ( PM_CSR_BPCCEN ),
  .PM_CSR_B2B3 ( PM_CSR_B2B3 ),
  .PM_CSR_NOSOFTRST ( PM_CSR_NOSOFTRST ),
  .PM_DATA_SCALE0 ( PM_DATA_SCALE0 ),
  .PM_DATA_SCALE1 ( PM_DATA_SCALE1 ),
  .PM_DATA_SCALE2 ( PM_DATA_SCALE2 ),
  .PM_DATA_SCALE3 ( PM_DATA_SCALE3 ),
  .PM_DATA_SCALE4 ( PM_DATA_SCALE4 ),
  .PM_DATA_SCALE5 ( PM_DATA_SCALE5 ),
  .PM_DATA_SCALE6 ( PM_DATA_SCALE6 ),
  .PM_DATA_SCALE7 ( PM_DATA_SCALE7 ),
  .PM_DATA0 ( PM_DATA0 ),
  .PM_DATA1 ( PM_DATA1 ),
  .PM_DATA2 ( PM_DATA2 ),
  .PM_DATA3 ( PM_DATA3 ),
  .PM_DATA4 ( PM_DATA4 ),
  .PM_DATA5 ( PM_DATA5 ),
  .PM_DATA6 ( PM_DATA6 ),
  .PM_DATA7 ( PM_DATA7 ),
  .RECRC_CHK ( RECRC_CHK ),
  .RECRC_CHK_TRIM ( RECRC_CHK_TRIM ),
  .REVISION_ID ( REVISION_ID ),
  .ROOT_CAP_CRS_SW_VISIBILITY ( ROOT_CAP_CRS_SW_VISIBILITY ),
  .SELECT_DLL_IF ( SELECT_DLL_IF ),
  .SLOT_CAP_ATT_BUTTON_PRESENT ( SLOT_CAP_ATT_BUTTON_PRESENT ),
  .SLOT_CAP_ATT_INDICATOR_PRESENT ( SLOT_CAP_ATT_INDICATOR_PRESENT ),
  .SLOT_CAP_ELEC_INTERLOCK_PRESENT ( SLOT_CAP_ELEC_INTERLOCK_PRESENT ),
  .SLOT_CAP_HOTPLUG_CAPABLE ( SLOT_CAP_HOTPLUG_CAPABLE ),
  .SLOT_CAP_HOTPLUG_SURPRISE ( SLOT_CAP_HOTPLUG_SURPRISE ),
  .SLOT_CAP_MRL_SENSOR_PRESENT ( SLOT_CAP_MRL_SENSOR_PRESENT ),
  .SLOT_CAP_NO_CMD_COMPLETED_SUPPORT ( SLOT_CAP_NO_CMD_COMPLETED_SUPPORT ),
  .SLOT_CAP_PHYSICAL_SLOT_NUM ( SLOT_CAP_PHYSICAL_SLOT_NUM ),
  .SLOT_CAP_POWER_CONTROLLER_PRESENT ( SLOT_CAP_POWER_CONTROLLER_PRESENT ),
  .SLOT_CAP_POWER_INDICATOR_PRESENT ( SLOT_CAP_POWER_INDICATOR_PRESENT ),
  .SLOT_CAP_SLOT_POWER_LIMIT_SCALE ( SLOT_CAP_SLOT_POWER_LIMIT_SCALE ),
  .SLOT_CAP_SLOT_POWER_LIMIT_VALUE ( SLOT_CAP_SLOT_POWER_LIMIT_VALUE ),
  .SPARE_BIT0 ( SPARE_BIT0 ),
  .SPARE_BIT1 ( SPARE_BIT1 ),
  .SPARE_BIT2 ( SPARE_BIT2 ),
  .SPARE_BIT3 ( SPARE_BIT3 ),
  .SPARE_BIT4 ( SPARE_BIT4 ),
  .SPARE_BIT5 ( SPARE_BIT5 ),
  .SPARE_BIT6 ( SPARE_BIT6 ),
  .SPARE_BIT7 ( SPARE_BIT7 ),
  .SPARE_BIT8 ( SPARE_BIT8 ),
  .SPARE_BYTE0 ( SPARE_BYTE0 ),
  .SPARE_BYTE1 ( SPARE_BYTE1 ),
  .SPARE_BYTE2 ( SPARE_BYTE2 ),
  .SPARE_BYTE3 ( SPARE_BYTE3 ),
  .SPARE_WORD0 ( SPARE_WORD0 ),
  .SPARE_WORD1 ( SPARE_WORD1 ),
  .SPARE_WORD2 ( SPARE_WORD2 ),
  .SPARE_WORD3 ( SPARE_WORD3 ),
  .SUBSYSTEM_ID ( SUBSYSTEM_ID ),
  .SUBSYSTEM_VENDOR_ID ( SUBSYSTEM_VENDOR_ID ),
  .TL_RBYPASS ( TL_RBYPASS ),
  .TL_RX_RAM_RADDR_LATENCY ( TL_RX_RAM_RADDR_LATENCY ),
  .TL_RX_RAM_RDATA_LATENCY ( TL_RX_RAM_RDATA_LATENCY ),
  .TL_RX_RAM_WRITE_LATENCY ( TL_RX_RAM_WRITE_LATENCY ),
  .TL_TFC_DISABLE ( TL_TFC_DISABLE ),
  .TL_TX_CHECKS_DISABLE ( TL_TX_CHECKS_DISABLE ),
  .TL_TX_RAM_RADDR_LATENCY ( TL_TX_RAM_RADDR_LATENCY ),
  .TL_TX_RAM_RDATA_LATENCY ( TL_TX_RAM_RDATA_LATENCY ),
  .TL_TX_RAM_WRITE_LATENCY ( TL_TX_RAM_WRITE_LATENCY ),
  .UPCONFIG_CAPABLE ( UPCONFIG_CAPABLE ),
  .UPSTREAM_FACING ( UPSTREAM_FACING ),
  .EXIT_LOOPBACK_ON_EI ( EXIT_LOOPBACK_ON_EI ),
  .UR_INV_REQ ( UR_INV_REQ ),
  .USER_CLK_FREQ ( USER_CLK_FREQ ),
  .VC_BASE_PTR ( VC_BASE_PTR ),
  .VC_CAP_ID ( VC_CAP_ID ),
  .VC_CAP_NEXTPTR ( VC_CAP_NEXTPTR ),
  .VC_CAP_ON ( VC_CAP_ON ),
  .VC_CAP_REJECT_SNOOP_TRANSACTIONS ( VC_CAP_REJECT_SNOOP_TRANSACTIONS ),
  .VC_CAP_VERSION ( VC_CAP_VERSION ),
  .VC0_CPL_INFINITE ( VC0_CPL_INFINITE ),
  .VC0_RX_RAM_LIMIT ( VC0_RX_RAM_LIMIT ),
  .VC0_TOTAL_CREDITS_CD ( VC0_TOTAL_CREDITS_CD ),
  .VC0_TOTAL_CREDITS_CH ( VC0_TOTAL_CREDITS_CH ),
  .VC0_TOTAL_CREDITS_NPH ( VC0_TOTAL_CREDITS_NPH ),
  .VC0_TOTAL_CREDITS_PD ( VC0_TOTAL_CREDITS_PD ),
  .VC0_TOTAL_CREDITS_PH ( VC0_TOTAL_CREDITS_PH ),
  .VC0_TX_LASTPACKET ( VC0_TX_LASTPACKET ),
  .VENDOR_ID ( VENDOR_ID ),
  .VSEC_BASE_PTR ( VSEC_BASE_PTR ),
  .VSEC_CAP_HDR_ID ( VSEC_CAP_HDR_ID ),
  .VSEC_CAP_HDR_LENGTH ( VSEC_CAP_HDR_LENGTH ),
  .VSEC_CAP_HDR_REVISION ( VSEC_CAP_HDR_REVISION ),
  .VSEC_CAP_ID ( VSEC_CAP_ID ),
  .VSEC_CAP_IS_LINK_VISIBLE ( VSEC_CAP_IS_LINK_VISIBLE ),
  .VSEC_CAP_NEXTPTR ( VSEC_CAP_NEXTPTR ),
  .VSEC_CAP_ON ( VSEC_CAP_ON ),
  .VSEC_CAP_VERSION ( VSEC_CAP_VERSION )

)
pcie_2_0_i (

  .PCIEXPRXN( pci_exp_rxn ),
  .PCIEXPRXP( pci_exp_rxp ),
  .PCIEXPTXN( pci_exp_txn ),
  .PCIEXPTXP( pci_exp_txp ),

  .SYSCLK( sys_clk ),
  .TRNLNKUPN( trn_lnk_up_n_int ),

  .FUNDRSTN (sys_reset_n_d),
  .PHYRDYN( phy_rdy_n ),

  .LNKCLKEN ( ),
  .USERRSTN( trn_reset_n_int ),
  .RECEIVEDFUNCLVLRSTN( rx_func_level_reset_n ),
  .SYSRSTN( ~phy_rdy_n ),
  .PLRSTN( 1'b1 ),
  .DLRSTN( 1'b1 ),
  .TLRSTN( 1'b1 ),
  .FUNCLVLRSTN( 1'b1 ),
  .CMRSTN( 1'b1 ),
  .CMSTICKYRSTN( 1'b1 ),

  .TRNRBARHITN( trn_rbar_hit_n ),
  .TRNRD( trn_rd ),
  .TRNRECRCERRN( trn_recrc_err_n ),
  .TRNREOFN( trn_reof_n ),
  .TRNRERRFWDN( trn_rerrfwd_n ),
  .TRNRREMN( trn_rrem_n ),
  .TRNRSOFN( trn_rsof_n ),
  .TRNRSRCDSCN( trn_rsrc_dsc_n ),
  .TRNRSRCRDYN( trn_rsrc_rdy_n ),
  .TRNRDSTRDYN( !trn_rdst_rdy ),
  .TRNRNPOKN( !rx_np_ok ),

  .TRNTBUFAV( tx_buf_av ),
  .TRNTCFGREQN( trn_tcfg_req_n ),
  .TRNTDLLPDSTRDYN( ),
  .TRNTDSTRDYN( trn_tdst_rdy_n ),
  .TRNTERRDROPN( trn_terr_drop_n ),
  .TRNTCFGGNTN( !trn_tcfg_gnt ),
  .TRNTD( trn_td ),
  .TRNTDLLPDATA( 32'b0 ),
  .TRNTDLLPSRCRDYN( 1'b1 ),
  .TRNTECRCGENN( 1'b1 ),
  .TRNTEOFN( !trn_teof ),
  .TRNTERRFWDN( !trn_terrfwd ),
  .TRNTREMN( ~trn_trem ),
  .TRNTSOFN( !trn_tsof ),
  .TRNTSRCDSCN( !trn_tsrc_dsc ),
  .TRNTSRCRDYN( !trn_tsrc_rdy ),
  .TRNTSTRN( !trn_tstr ),

  .TRNFCCPLD( fc_cpld ),
  .TRNFCCPLH( fc_cplh ),
  .TRNFCNPD( fc_npd ),
  .TRNFCNPH( fc_nph ),
  .TRNFCPD( fc_pd ),
  .TRNFCPH( fc_ph ),
  .TRNFCSEL( fc_sel ),

  .CFGAERECRCCHECKEN(),
  .CFGAERECRCGENEN(),
  .CFGCOMMANDBUSMASTERENABLE( cfg_cmd_bme ),
  .CFGCOMMANDINTERRUPTDISABLE( cfg_cmd_intdis ),
  .CFGCOMMANDIOENABLE( cfg_cmd_io_en ),
  .CFGCOMMANDMEMENABLE( cfg_cmd_mem_en ),
  .CFGCOMMANDSERREN( cfg_cmd_serr_en ),
  .CFGDEVCONTROLAUXPOWEREN( cfg_dev_control_aux_power_en ),
  .CFGDEVCONTROLCORRERRREPORTINGEN( cfg_dev_control_corr_err_reporting_en ),
  .CFGDEVCONTROLENABLERO( cfg_dev_control_enable_relaxed_order ),
  .CFGDEVCONTROLEXTTAGEN( cfg_dev_control_ext_tag_en ),
  .CFGDEVCONTROLFATALERRREPORTINGEN( cfg_dev_control_fatal_err_reporting_en ),
  .CFGDEVCONTROLMAXPAYLOAD( cfg_dev_control_maxpayload ),
  .CFGDEVCONTROLMAXREADREQ( cfg_dev_control_max_read_req ),
  .CFGDEVCONTROLNONFATALREPORTINGEN( cfg_dev_control_non_fatal_reporting_en ),
  .CFGDEVCONTROLNOSNOOPEN( cfg_dev_control_nosnoop_en ),
  .CFGDEVCONTROLPHANTOMEN( cfg_dev_control_phantom_en ),
  .CFGDEVCONTROLURERRREPORTINGEN( cfg_dev_control_ur_err_reporting_en ),
  .CFGDEVCONTROL2CPLTIMEOUTDIS( cfg_dev_control2_cpltimeout_dis ),
  .CFGDEVCONTROL2CPLTIMEOUTVAL( cfg_dev_control2_cpltimeout_val ),
  .CFGDEVSTATUSCORRERRDETECTED( cfg_dev_status_corr_err_detected ),
  .CFGDEVSTATUSFATALERRDETECTED( cfg_dev_status_fatal_err_detected ),
  .CFGDEVSTATUSNONFATALERRDETECTED( cfg_dev_status_nonfatal_err_detected ),
  .CFGDEVSTATUSURDETECTED( cfg_dev_status_ur_detected ),
  .CFGDO( cfg_do ),
  .CFGERRAERHEADERLOGSETN(),
  .CFGERRCPLRDYN( cfg_err_cpl_rdy_n ),
  .CFGINTERRUPTDO( cfg_interrupt_do ),
  .CFGINTERRUPTMMENABLE( cfg_interrupt_mmenable ),
  .CFGINTERRUPTMSIENABLE( cfg_interrupt_msienable ),
  .CFGINTERRUPTMSIXENABLE( cfg_interrupt_msixenable ),
  .CFGINTERRUPTMSIXFM( cfg_interrupt_msixfm ),
  .CFGINTERRUPTRDYN( cfg_interrupt_rdy_n ),
  .CFGLINKCONTROLRCB( cfg_link_control_rcb ),
  .CFGLINKCONTROLASPMCONTROL( cfg_link_control_aspm_control ),
  .CFGLINKCONTROLAUTOBANDWIDTHINTEN( cfg_link_control_auto_bandwidth_int_en ),
  .CFGLINKCONTROLBANDWIDTHINTEN( cfg_link_control_bandwidth_int_en ),
  .CFGLINKCONTROLCLOCKPMEN( cfg_link_control_clock_pm_en ),
  .CFGLINKCONTROLCOMMONCLOCK( cfg_link_control_common_clock ),
  .CFGLINKCONTROLEXTENDEDSYNC( cfg_link_control_extended_sync ),
  .CFGLINKCONTROLHWAUTOWIDTHDIS( cfg_link_control_hw_auto_width_dis ),
  .CFGLINKCONTROLLINKDISABLE( cfg_link_control_linkdisable ),
  .CFGLINKCONTROLRETRAINLINK( cfg_link_control_retrain_link ),
  .CFGLINKSTATUSAUTOBANDWIDTHSTATUS( cfg_link_status_autobandwidth_status ),
  .CFGLINKSTATUSBANDWITHSTATUS( cfg_link_status_bandwidth_status ),
  .CFGLINKSTATUSCURRENTSPEED( cfg_link_status_current_speed ),
  .CFGLINKSTATUSDLLACTIVE( cfg_link_status_dll_active ),
  .CFGLINKSTATUSLINKTRAINING( cfg_link_status_link_training ),
  .CFGLINKSTATUSNEGOTIATEDWIDTH( cfg_link_status_negotiated_link_width ),
  .CFGMSGDATA( cfg_msg_data ),
  .CFGMSGRECEIVED( cfg_msg_received ),
  .CFGMSGRECEIVEDASSERTINTA(),
  .CFGMSGRECEIVEDASSERTINTB(),
  .CFGMSGRECEIVEDASSERTINTC(),
  .CFGMSGRECEIVEDASSERTINTD(),
  .CFGMSGRECEIVEDDEASSERTINTA(),
  .CFGMSGRECEIVEDDEASSERTINTB(),
  .CFGMSGRECEIVEDDEASSERTINTC(),
  .CFGMSGRECEIVEDDEASSERTINTD(),
  .CFGMSGRECEIVEDERRCOR(),
  .CFGMSGRECEIVEDERRFATAL(),
  .CFGMSGRECEIVEDERRNONFATAL(),
  .CFGMSGRECEIVEDPMASNAK(),
  .CFGMSGRECEIVEDPMETO( cfg_msg_received_pme_to ),
  .CFGMSGRECEIVEDPMETOACK(),
  .CFGMSGRECEIVEDPMPME(),
  .CFGMSGRECEIVEDSETSLOTPOWERLIMIT(),
  .CFGMSGRECEIVEDUNLOCK(),
  .CFGPCIELINKSTATE( cfg_pcie_link_state ),
  .CFGPMCSRPMEEN ( cfg_pmcsr_pme_en ),
  .CFGPMCSRPMESTATUS ( cfg_pmcsr_pme_status ),
  .CFGPMCSRPOWERSTATE ( cfg_pmcsr_powerstate ),
  .CFGPMRCVASREQL1N(),
  .CFGPMRCVENTERL1N(),
  .CFGPMRCVENTERL23N(),
  .CFGPMRCVREQACKN(),
  .CFGRDWRDONEN( cfg_rd_wr_done_n ),
  .CFGSLOTCONTROLELECTROMECHILCTLPULSE(),
  .CFGTRANSACTION(),
  .CFGTRANSACTIONADDR(),
  .CFGTRANSACTIONTYPE(),
  .CFGVCTCVCMAP(),
  .CFGBYTEENN( cfg_byte_en_n ),
  .CFGDI( cfg_di ),
  .CFGDSBUSNUMBER( 8'b0 ),
  .CFGDSDEVICENUMBER( 5'b0 ),
  .CFGDSFUNCTIONNUMBER( 3'b0 ),
  .CFGDSN( cfg_dsn ),
  .CFGDWADDR( cfg_dwaddr ),
  .CFGERRACSN( 1'b1 ),
  .CFGERRAERHEADERLOG( 128'h0 ),
  .CFGERRCORN( cfg_err_cor_n ),
  .CFGERRCPLABORTN( cfg_err_cpl_abort_n ),
  .CFGERRCPLTIMEOUTN( cfg_err_cpl_timeout_n ),
  .CFGERRCPLUNEXPECTN( cfg_err_cpl_unexpect_n ),
  .CFGERRECRCN( cfg_err_ecrc_n ),
  .CFGERRLOCKEDN( cfg_err_locked_n ),
  .CFGERRPOSTEDN( cfg_err_posted_n ),
  .CFGERRTLPCPLHEADER( cfg_err_tlp_cpl_header ),
  .CFGERRURN( cfg_err_ur_n ),
  .CFGINTERRUPTASSERTN( cfg_interrupt_assert_n ),
  .CFGINTERRUPTDI( cfg_interrupt_di ),
  .CFGINTERRUPTN( cfg_interrupt_n ),
  .CFGPMDIRECTASPML1N( 1'b1 ),
  .CFGPMSENDPMACKN( 1'b1 ),
  .CFGPMSENDPMETON( 1'b1 ),
  .CFGPMSENDPMNAKN( 1'b1 ),
  .CFGPMTURNOFFOKN( cfg_turnoff_ok_n ),
  .CFGPMWAKEN( cfg_pm_wake_n ),
  .CFGPORTNUMBER( 8'h0 ),
  .CFGRDENN( cfg_rd_en_n ),
  .CFGTRNPENDINGN( cfg_trn_pending_n ),
  .CFGWRENN( cfg_wr_en_n ),
  .CFGWRREADONLYN( 1'b1 ),
  .CFGWRRW1CASRWN( 1'b1 ),

  .PLINITIALLINKWIDTH( pl_initial_link_width ),
  .PLLANEREVERSALMODE( pl_lane_reversal_mode ),
  .PLLINKGEN2CAP( pl_link_gen2_capable ),
  .PLLINKPARTNERGEN2SUPPORTED( pl_link_partner_gen2_supported ),
  .PLLINKUPCFGCAP( pl_link_upcfg_capable ),
  .PLLTSSMSTATE( pl_ltssm_state ),
  .PLPHYLNKUPN( ),                                            // Debug
  .PLRECEIVEDHOTRST( pl_received_hot_rst ),
  .PLRXPMSTATE(),                                             // Debug
  .PLSELLNKRATE( pl_sel_link_rate ),
  .PLSELLNKWIDTH( pl_sel_link_width ),
  .PLTXPMSTATE(),                                             // Debug
  .PLDIRECTEDLINKAUTON( pl_directed_link_auton ),
  .PLDIRECTEDLINKCHANGE( pl_directed_link_change ),
  .PLDIRECTEDLINKSPEED( pl_directed_link_speed ),
  .PLDIRECTEDLINKWIDTH( pl_directed_link_width ),
  .PLDOWNSTREAMDEEMPHSOURCE( 1'b1 ),
  .PLUPSTREAMPREFERDEEMPH( pl_upstream_prefer_deemph ),
  .PLTRANSMITHOTRST( 1'b0 ),

  .DBGSCLRA(),
  .DBGSCLRB(),
  .DBGSCLRC(),
  .DBGSCLRD(),
  .DBGSCLRE(),
  .DBGSCLRF(),
  .DBGSCLRG(),
  .DBGSCLRH(),
  .DBGSCLRI(),
  .DBGSCLRJ(),
  .DBGSCLRK(),
  .DBGVECA(),
  .DBGVECB(),
  .DBGVECC(),
  .PLDBGVEC(),
  .DBGMODE( 2'b0 ),
  .DBGSUBMODE( 1'b0 ),
  .PLDBGMODE( 3'b0 ),

  .PCIEDRPDO(),
  .PCIEDRPDRDY(),
  .PCIEDRPCLK(1'b0),
  .PCIEDRPDADDR(9'b0),
  .PCIEDRPDEN(1'b0),
  .PCIEDRPDI(16'b0),
  .PCIEDRPDWE(1'b0),

  .GTPLLLOCK( gt_pll_lock ),
  .PIPECLK( pipe_clk ),
  .USERCLK( user_clk_out ),
  .DRPCLK(drp_clk),
  .CLOCKLOCKED( clock_locked ),
  .TxOutClk(TxOutClk),
  .TRNRDLLPDATA(trn_rdllp_data),
  .TRNRDLLPSRCRDYN(trn_rdllp_src_rdy_n)



);
*/
endmodule